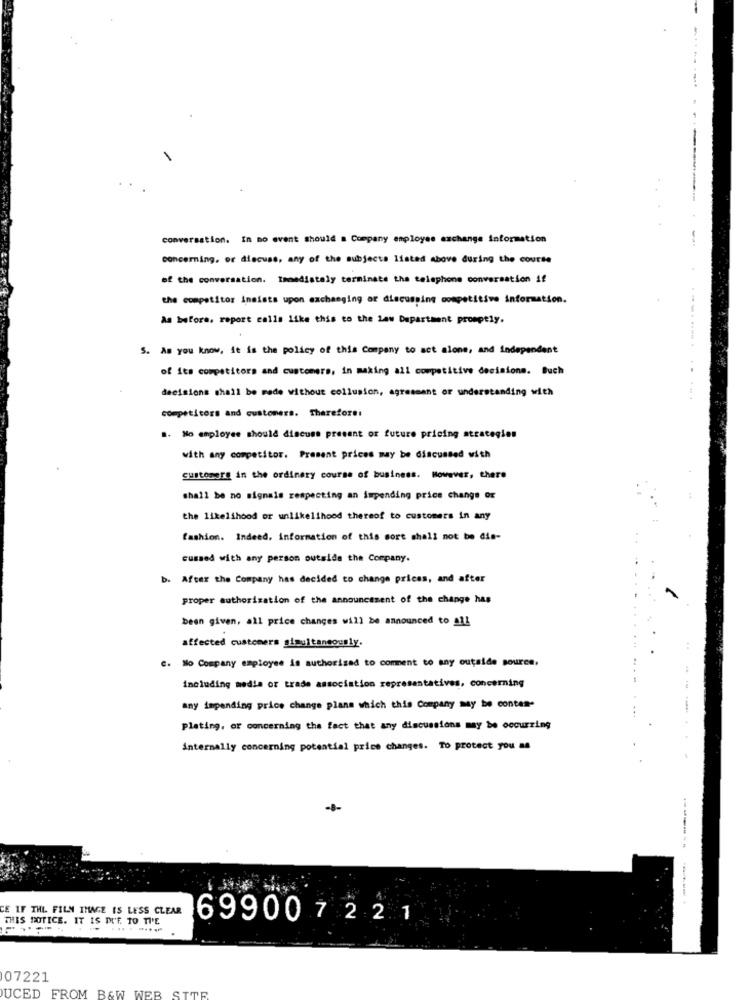
conversation. In no event should a Company employee exchange information
concerning, or discuss, any of the subjects listed above during the course
of the conversation. Immediately terminate the telephone conversation if
the competitor insists upon exchanging or discussing competitive information.
As before. report calls like this to the Law Department promptly.
S. As you know, it is the policy of this Company to act alone, and independent
of its competitors and customers, in making all competitive decisione. Buch
decisions shall be made without collusion, agreement or understanding with
competitors and customers. Therefore:
.. No employee should discuss present or future pricing strategien
with any competitor. Present prices may be discussed with
customore in the ordinary course of business. However, there
shall be no signals respecting an impending price change or
the likelihood or unlikelihood thereof to customers in any
fashion. Indeed, information of this sort shall not be dis-
cussed with any person outside the Company.
b. After the Company has decided to change prices, and after
proper authorization of the announcement of the change has
been given, all price changes will be announced to all
affected customers simultaneously.
c. No Company employee is authorised to comment to any outside source.
including media or trade association representatives, concerning
any impending price change plans which this Company may be conten-
plating, or concerning the fact that any discussions may be occurring
internally concerning potential price changes. To protect you as
-0-
--------
CE IF THE FILM IMAGE IS LESS CLEAR
THIS NOTICE. IT IS PUF. TO TI'E
699007221
07221
UCED FROM B&W WEB SITE